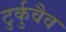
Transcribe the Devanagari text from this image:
टुर्कुवैव